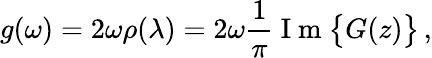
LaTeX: g(\omega)=2\omega\rho(\lambda)=2\omega\frac{1}{\pi}\mathrm{~I~m~}\big\{ G(z)\big\} \, ,